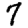
Digit: 7